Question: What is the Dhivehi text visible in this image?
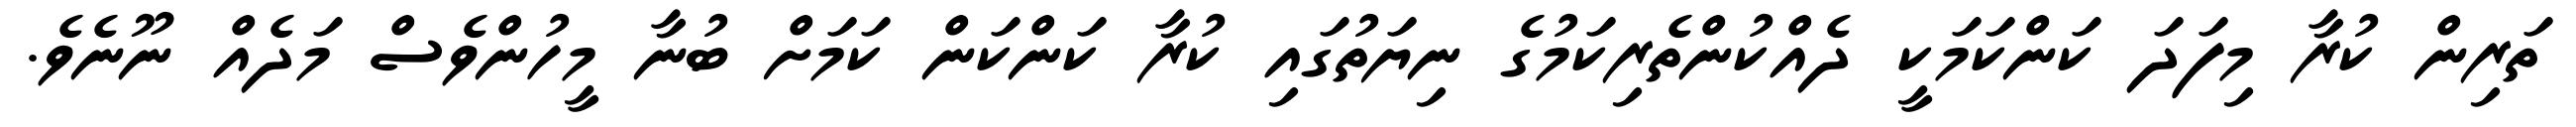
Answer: ތަރިން ކުރާ މިފަދަ ކަންކަމަކީ ދެއްކުންތެރިކަމުގެ ނިޔަތުގައި ކުރާ ކަންކަން ކަމަށް ބުނާ މީހުންވެސް މަދެއް ނޫނެވެ.